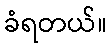
ခံရတယ်။